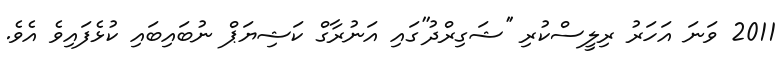
2011 ވަނަ އަހަރު ރިލީސްކުރި ''ޝަގިރްދު''ގައި އަނުރާގް ކަޝިޔަޕް ނުބައިބައި ކުޅެފައިވެ އެވެ.